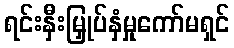
ရင်းနှီးမြှုပ်နှံမှုကော်မရှင်